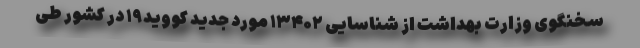
سخنگوی وزارت بهداشت از شناسایی ۱۳۴۰۲ مورد جدید کووید۱۹ در کشور طی